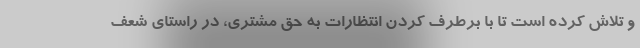
و تلاش کرده است تا با برطرف کردن انتظارات به حق مشتری، در راستای شعف